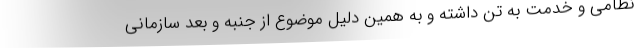
نظامی و خدمت به تن داشته و به همین دلیل موضوع از جنبه و بعد سازمانی